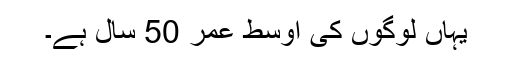
یہاں لوگوں کی اوسط عمر 50 سال ہے۔